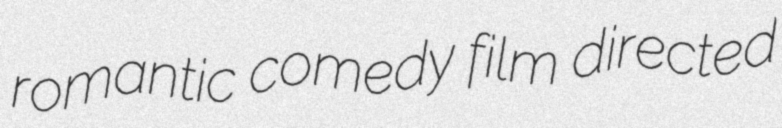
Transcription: romantic comedy film directed